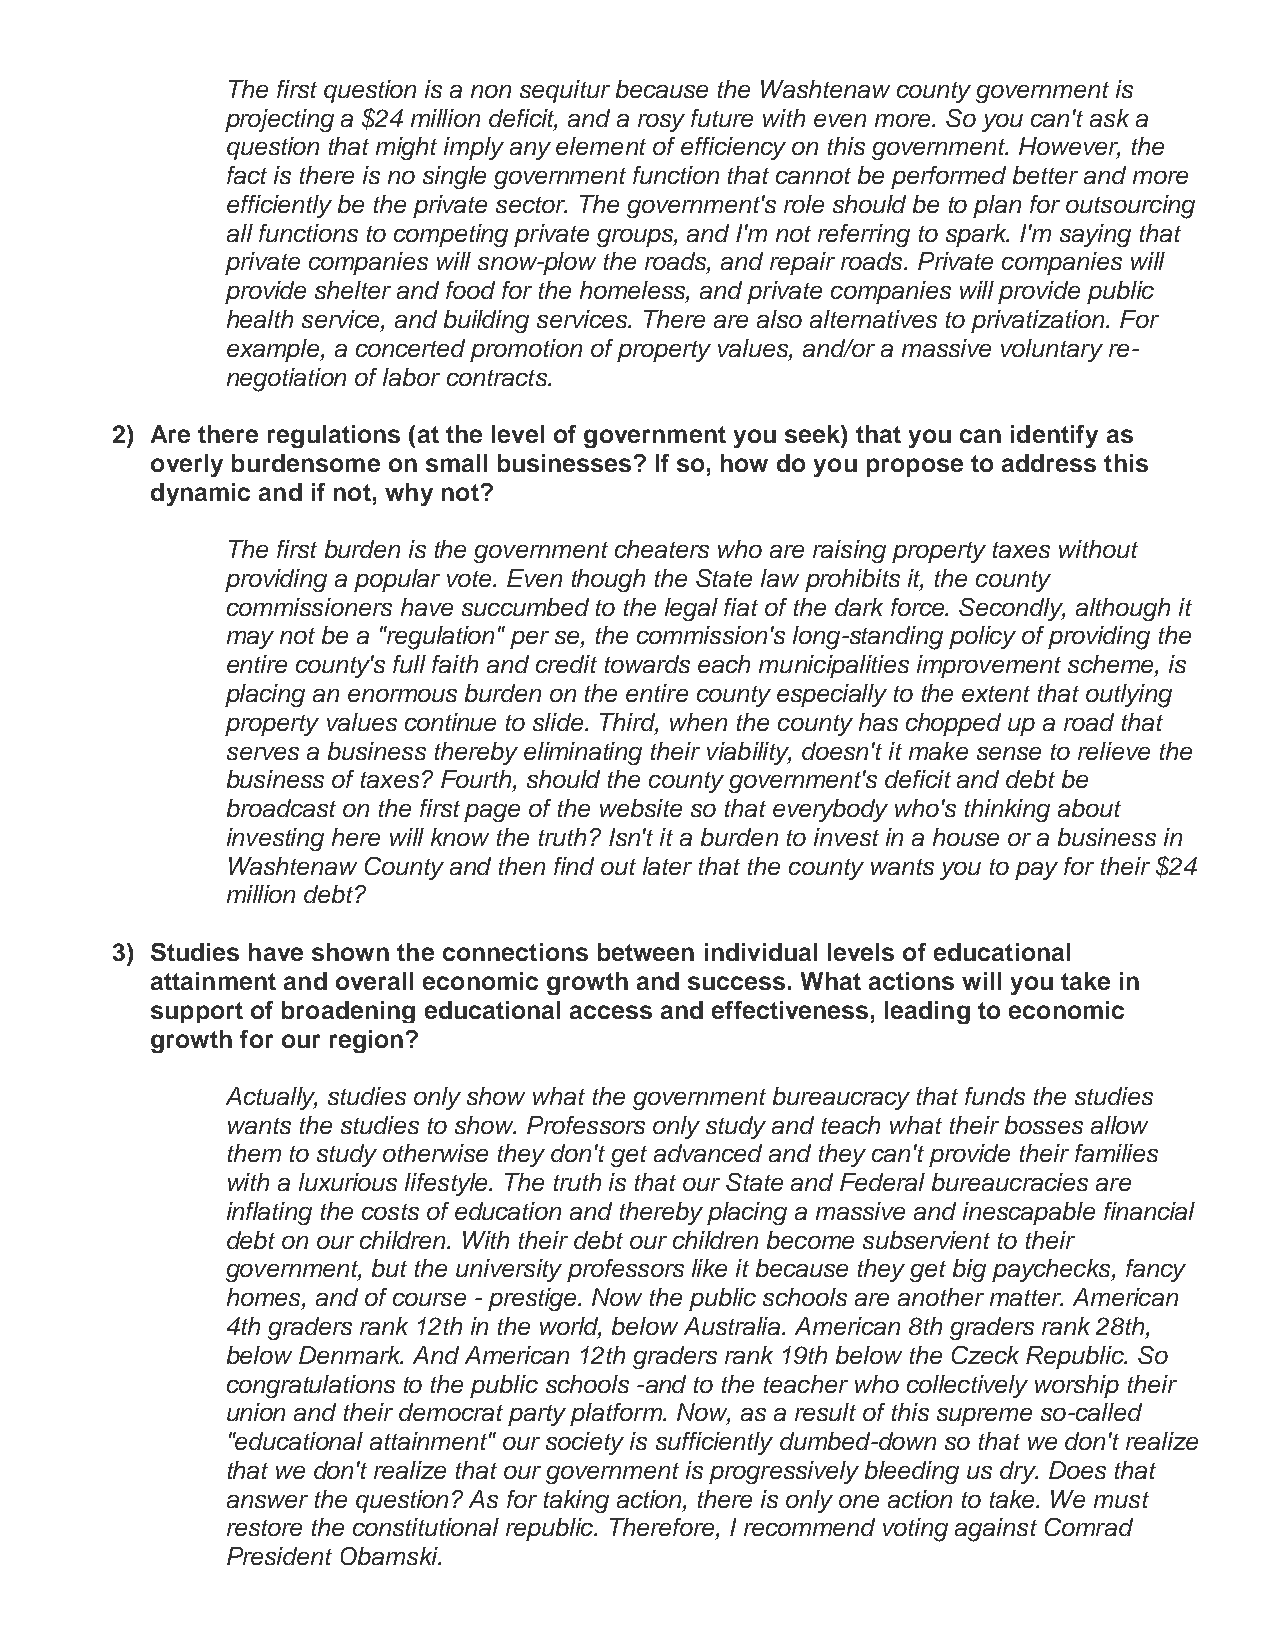
The first question is a non sequitur because the Washtenaw county government is
 projecting a $24 million deficit, and a rosy future with even more. So you can't ask a
 question that might imply any element of efficiency on this government. However, the
 fact is there is no single government function that cannot be performed better and more
 efficiently be the private sector. The government's role should be to plan for outsourcing
 all functions to competing private groups, and I'm not referring to spark. I'm saying that
 private companies will snow-plow the roads, and repair roads. Private companies will
 provide shelter and food for the homeless, and private companies will provide public
 health service, and building services. There are also alternatives to privatization. For
 example, a concerted promotion of property values, and/or a massive voluntary re-
 negotiation of labor contracts.
 2) Are there regulations (at the level of government you seek) that you can identify as
 overly burdensome on small businesses? If so, how do you propose to address this
 dynamic and if not, why not?
 The first burden is the government cheaters who are raising property taxes without
 providing a popular vote. Even though the State law prohibits it, the county
 commissioners have succumbed to the legal fiat of the dark force. Secondly, although it
 may not be a "regulation" per se, the commission's long-standing policy of providing the
 entire county's full faith and credit towards each municipalities improvement scheme, is
 placing an enormous burden on the entire county especially to the extent that outlying
 property values continue to slide. Third, when the county has chopped up a road that
 serves a business thereby eliminating their viability, doesn't it make sense to relieve the
 business of taxes? Fourth, should the county government's deficit and debt be
 broadcast on the first page of the website so that everybody who's thinking about
 investing here will know the truth? Isn't it a burden to invest in a house or a business in
 Washtenaw County and then find out later that the county wants you to pay for their $24
 million debt?
 3) Studies have shown the connections between individual levels of educational
 attainment and overall economic growth and success. What actions will you take in
 support of broadening educational access and effectiveness, leading to economic
 growth for our region?
 Actually, studies only show what the government bureaucracy that funds the studies
 wants the studies to show. Professors only study and teach what their bosses allow
 them to study otherwise they don't get advanced and they can't provide their families
 with a luxurious lifestyle. The truth is that our State and Federal bureaucracies are
 inflating the costs of education and thereby placing a massive and inescapable financial
 debt on our children. With their debt our children become subservient to their
 government, but the university professors like it because they get big paychecks, fancy
 homes, and of course - prestige. Now the public schools are another matter. American
 4th graders rank 12th in the world, below Australia. American 8th graders rank 28th,
 below Denmark. And American 12th graders rank 19th below the Czeck Republic. So
 congratulations to the public schools -and to the teacher who collectively worship their
 union and their democrat party platform. Now, as a result of this supreme so-called
 "educational attainment" our society is sufficiently dumbed-down so that we don't realize
 that we don't realize that our government is progressively bleeding us dry. Does that
 answer the question? As for taking action, there is only one action to take. We must
 restore the constitutional republic. Therefore, I recommend voting against Comrad
 President Obamski.